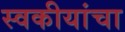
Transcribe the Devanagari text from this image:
स्वकीयांचा